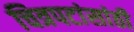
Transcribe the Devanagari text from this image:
चित्रपटांसांठी